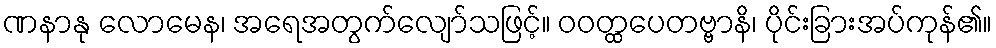
ဏနာနု လောမေန၊ အရေအတွက်လျော်သဖြင့်။ ဝဝတ္ထပေတဗ္ဗာနိ၊ ပိုင်းခြားအပ်ကုန်၏။